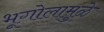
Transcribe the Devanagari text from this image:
भूगोलामुळे